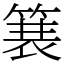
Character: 𫞽